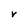
Character: V